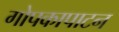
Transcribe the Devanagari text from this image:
गोपकापाटन